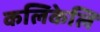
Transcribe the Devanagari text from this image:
कलिकेलि